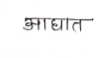
मजकूर: आधात